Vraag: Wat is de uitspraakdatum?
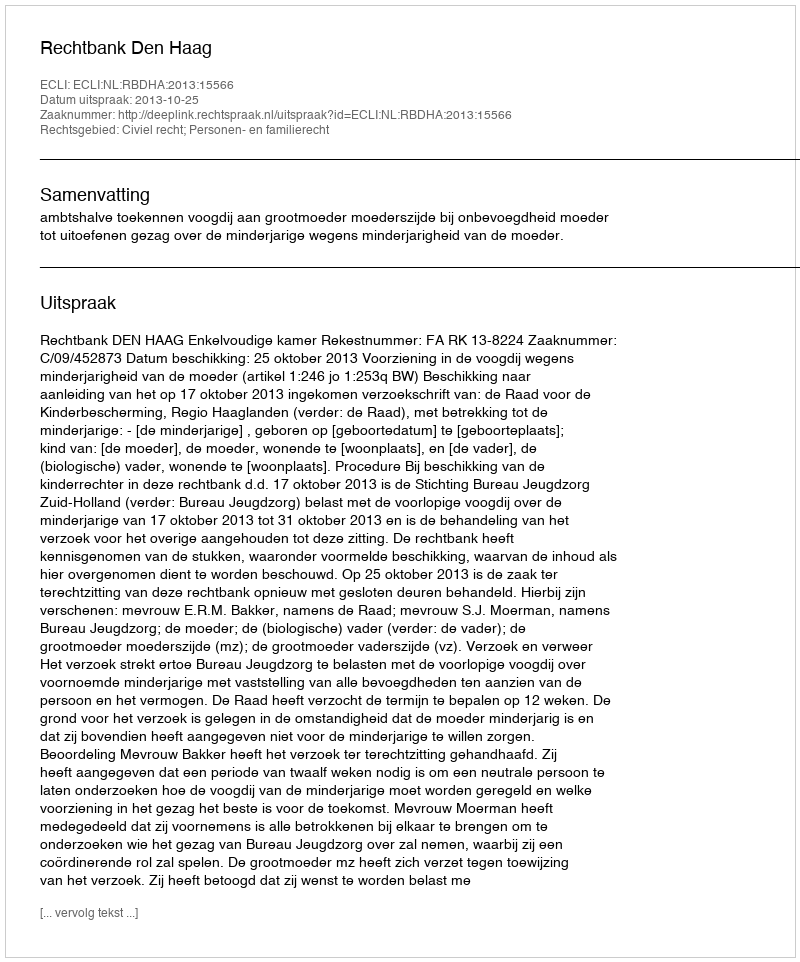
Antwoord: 2013-10-25